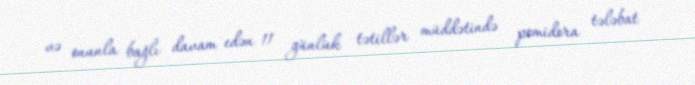
və onunla bağlı davam edən 11 günlük tətillər müddətində pomidora tələbat